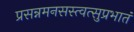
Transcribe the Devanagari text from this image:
प्रसन्नमनसस्त्वत्सुप्रभातं